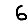
Digit: 6